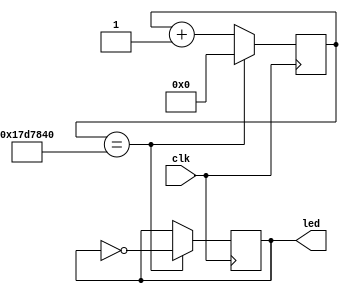
/*******************************************************************
**FPGA
**www.OurFPGA.com
**OurFPGA.taobao.com
**: OurFPGA@gmail.com
**FPGA
*************************************************************
**   2011.06.01
**     version 1.0
**   led
********************************************************************/




module led_twinkle(led,clk);// 
	output [8:1] led;
	input clk;
	reg[8:1] led;// 
	reg[24:0] counter;  // counter
	
	always@(posedge clk)//
		begin // end
			counter<=counter+1;  //<= =
		    //if(counter==25'b1011111010111100001000000) //counter25000000
		    if(counter==25'd25000000)
			
				begin	
					led<=~led;// led[1]-led[8]
			 		counter<=0;//
				end   
		end
endmodule